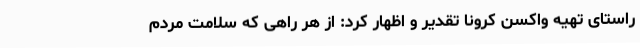
راستای تهیه واکسن کرونا تقدیر و اظهار کرد: از هر راهی که سلامت مردم